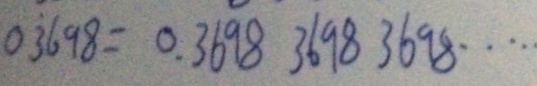
0 . \dot { 3 } 6 9 8 = 0 . 3 6 9 8 3 6 9 8 3 6 9 8 \cdots